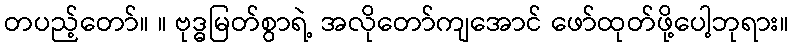
တပည့်တော်။ ။ ဗုဒ္ဓမြတ်စွာရဲ့ အလိုတော်ကျအောင် ဖော်ထုတ်ဖို့ပေါ့ဘုရား။